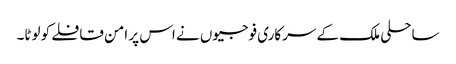
ساحلی ملک کے سرکاری فوجیوں نے اس پر امن قافلے کو لوٹا۔